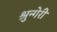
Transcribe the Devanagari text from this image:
श्रुन्गेरी